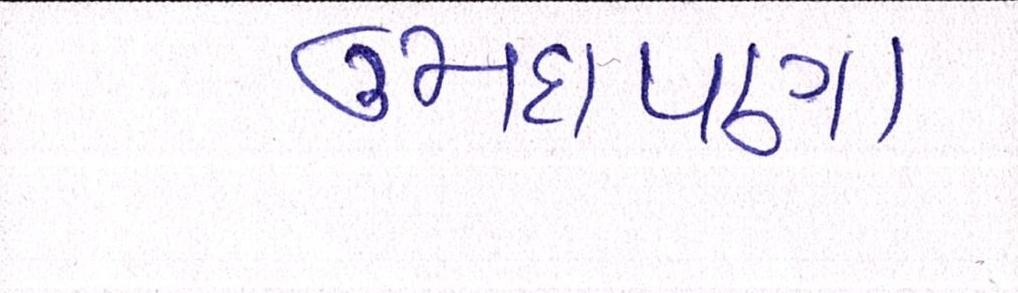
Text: ઉમદાપણા